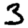
Digit: 3